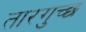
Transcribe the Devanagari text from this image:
तारगुच्छ